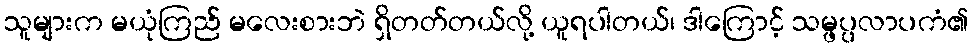
သူများက မယုံကြည် မလေးစားဘဲ ရှိတတ်တယ်လို့ ယူရပါတယ်၊ ဒါကြောင့် သမ္ဖပ္ပလာပကံ၏